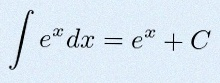
\int e^x dx=e^x+C